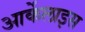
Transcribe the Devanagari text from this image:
आर्केलाइस